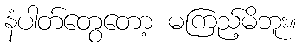
နံပါတ်တွေတော့ မကြည့်မိဘူး။